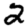
Digit: 2